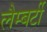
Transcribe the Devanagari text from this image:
लैम्बर्टी